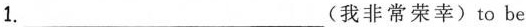
1.___(我非常荣幸)to be